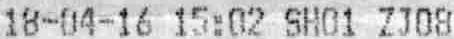
18-04-16 15:02 SH01 ZJ08